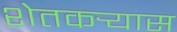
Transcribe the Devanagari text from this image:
शेतकर्‍यास